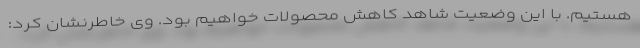
هستیم. با این وضعیت شاهد کاهش محصولات خواهیم بود. وی خاطرنشان کرد: